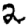
Digit: 2